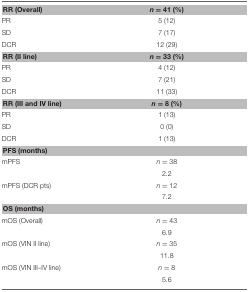
| RR (Overall) | n = 41 (%) |
 | --- | --- |
 | PR | 5 (12) |
 | SD | 7 (17) |
 | DCR | 12 (29) |
 | RR (II line) | n = 33 (%) |
 | PR | 4 (12) |
 | SD | 7 (21) |
 | DCR | 11 (33) |
 | RR (III and IV line) | n = 8 (%) |
 | PR | 1 (13) |
 | SD | 0 (0) |
 | DCR | 1 (13) |
 | PFS (months) |  |
 | mPFS | n = 38 |
 |  | 2.2 |
 | mPFS (DCR pts) | n = 12 |
 |  | 7.2 |
 | OS (months) |  |  |
 | mOS (Overall) | n = 43 |
 |  | 6.9 |
 | mOS (VIN II line) | n = 35 |
 |  | 11.8 |
 | mOS (VIN III–IV line) | n = 8 |
 |  | 5.6 |